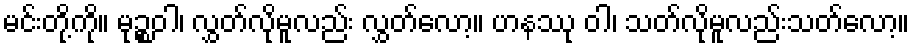
မင်းတို့ကို။ မုဉ္စဝါ၊ လွှတ်လိုမူလည်း လွှတ်လော့။ ဟနဿု ဝါ၊ သတ်လိုမူလည်းသတ်လော့။